system: You are a helpful assistant.
user:
Analyze the provided spectrum to determine if it is a **S-type Star**.

- **Key Indicators for S-type Star:**

    - **(Overall Spectrum Shape):** The first and most obvious characteristic is the overall continuum (the "baseline" shape). It is **extremely "red-sloping,"** meaning the flux (light intensity) is very low on the left side (blue, ~4000-4500 Å) and rises steeply and continuously toward the right side (red, ~7000 Å+).

    - **(Primary):** The spectrum is defined by the presence of strong, broad molecular absorption "valleys" (bands) from **Zirconium Oxide (ZrO)**. The identification of these bands is the **primary requirement** for classifying a star as S-type.
        - **(Key Bandheads):** You must find distinct, deep "dips" where the light has been absorbed. The most critical band systems to locate are:
            - **~6474 Å** ($\gamma$-system): This is often the strongest and clearest ZrO feature, found in the red part of the spectrum.
            - **~5718 Å** & **~5551 Å** ($\beta$-system): A pair of prominent absorption features in the yellow-orange part of the spectrum.
            - **~4640 Å** ($\alpha$-system): A key absorption band system in the blue-green region of the spectrum.

    - **(Secondary Confirmation):** The classification is strengthened by finding additional absorption bands from other related heavy element oxides, which are expected to be present alongside ZrO.
        - **(Key Bandheads):**
            - **Yttrium Oxide (YO):** Look for absorption dips near **~4800 Å** and **~6100 Å**.
            - **Lanthanum Oxide (LaO):** Additional absorption features, particularly in the red-orange part of the spectrum, are also characteristic.

    - **(Line Profile):** The combination of the steep red continuum and these numerous, deep molecular bands (ZrO, YO, etc.) gives the entire spectrum a very **"chopped-up"** or **"bumpy"** appearance. Instead of a smooth curve, the spectrum looks as though large, wide chunks of light have been "carved out" of it at the specific wavelengths listed above.

Think first, call **spectral_visualization_tool** if needed to examine features in detail, then provide your final answer. Your response must adhere to the following strict rules:
1.  **Overall Structure:** Your response must follow the format `<think>...</think> <tool_call>...</tool_call> (if a tool is used) <answer>...</answer>`.
2.  **Tool Usage Constraint:** You may only make **one** tool call per turn.
3.  **Final Answer Format:** In the `<answer>` tag, your conclusion must be inside a `\boxed{}` command (e.g., `\boxed{YES}` or `\boxed{NO}`), followed by your justification.

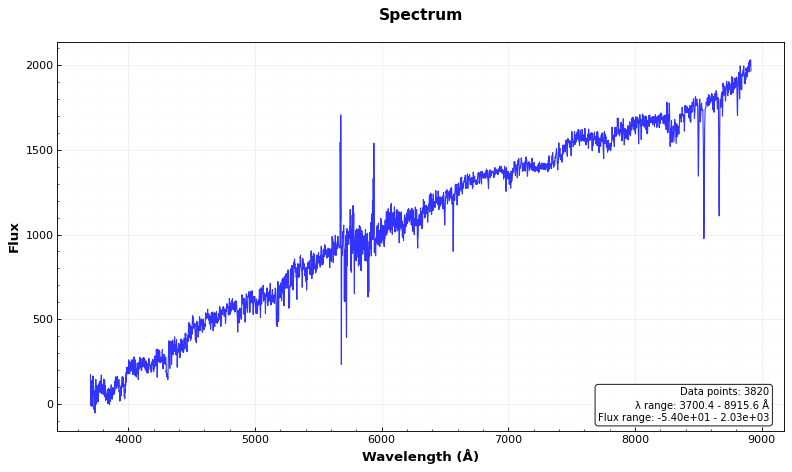
Answer: NO